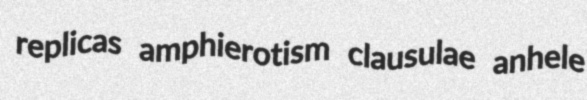
replicas amphierotism clausulae anhele